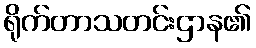
ရိုက်တာသတင်းဌာန၏